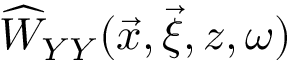
\widehat { W } _ { Y Y } ( \vec { x } , \vec { \xi } , z , \omega )